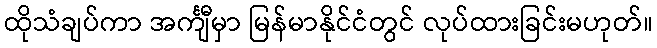
ထိုသံချပ်ကာ အင်္ကျီမှာ မြန်မာနိုင်ငံတွင် လုပ်ထားခြင်းမဟုတ်။